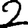
Digit: 2